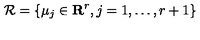
{ \cal R } = \{ \mu _ { j } \in { \bf R } ^ { r } , j = 1 , \ldots , r + 1 \}